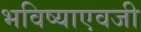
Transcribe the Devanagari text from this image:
भविष्याएवजी